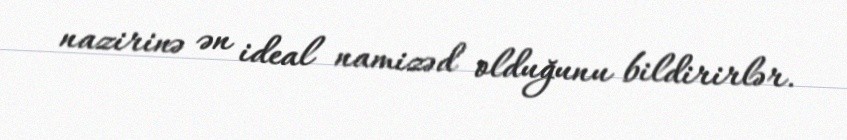
nazirinə ən ideal namizəd olduğunu bildirirlər.